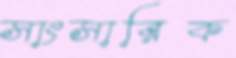
সাংসারিক